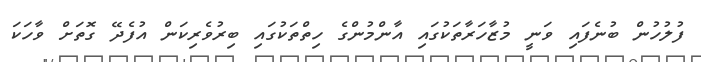
ފުލުހުން ބުނެފައި ވަނީ މުޒާހަރާތަކުގައި އާންމުންގެ ހިތްތަކުގައި ބިރުވެރިކަން އުފެދޭ ގޮތަށް ވާހަކަ